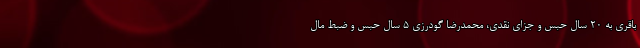
باقری به ۲۰ سال حبس و جزای نقدی، محمدرضا گودرزی ۵ سال حبس و ضبط مال